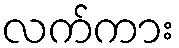
လက်ကား